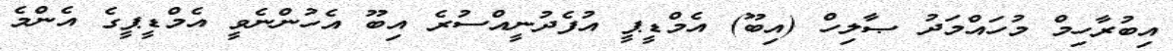
އިބުރާހިމް މުހައްމަދު ޞާލިހް (އިބޫ) އެމްޑީޕީ އުފެދުނީއްސުރެ އިބޫ އެހުންނެވީ އެމްޑީޕީގެ އެންމެ